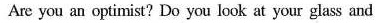
Are you at optiria? To you lock ut your glaes and